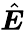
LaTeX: \hat{\boldsymbol E}